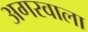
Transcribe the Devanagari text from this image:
अगरवाला